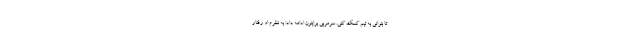
تا بتوانی به تیم کمک کنی. سرمربی برایتون ادامه داد: به نظرم او رفتار